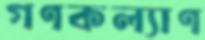
গণকল্যাণ